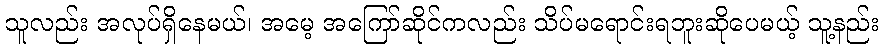
သူလည်း အလုပ်ရှိနေမယ်၊ အမေ့ အကြော်ဆိုင်ကလည်း သိပ်မရောင်းရဘူးဆိုပေမယ့် သူ့နည်း